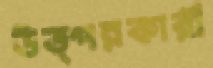
উত্পন্নকারী